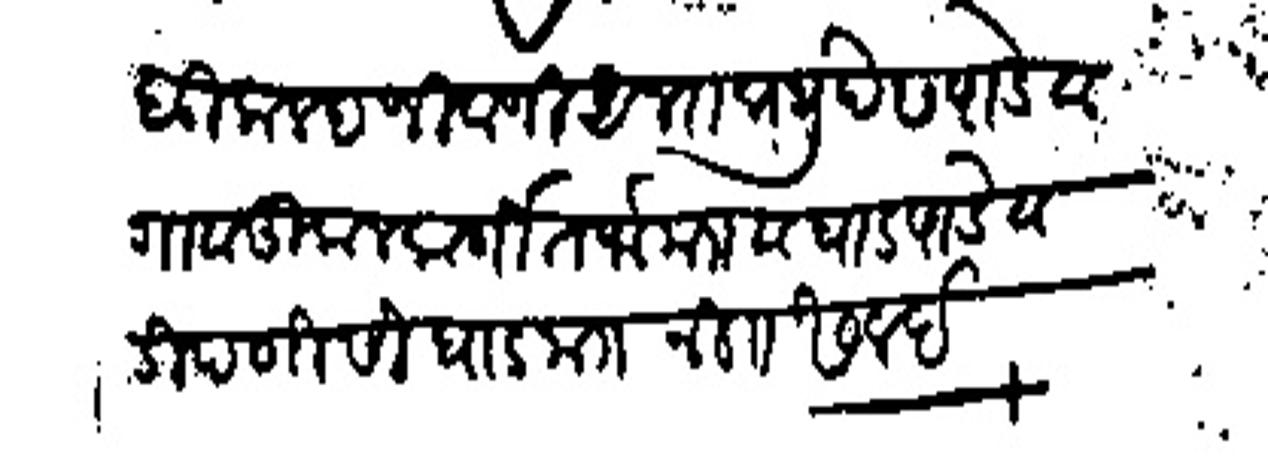
Transliteration (Devanagari): बिकलद जिवाजी अनंत प्रभु देशपांडे व गाव कुलकर्णी तर्फ मार व घाटपांडे व टिपणीसी घाट मजकूर